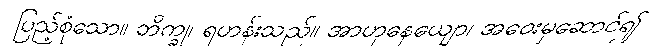
ပြည့်စုံသော။ ဘိက္ခု၊ ရဟန်းသည်။ အာဟုနေယျော၊ အဝေးမှဆောင်၍